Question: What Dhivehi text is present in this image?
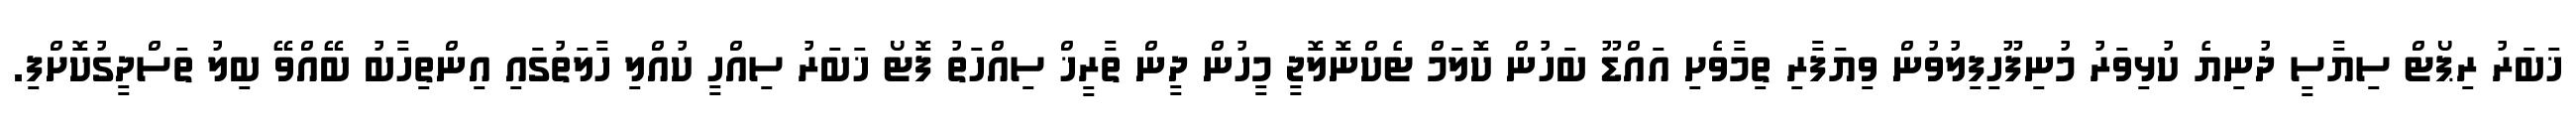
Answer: ޚަބަރު ރިޕޯޓް ސިޔާސީ ދުނިޔެ ކުޅިވަރު މުނިފޫހިފިލުވުން ވިޔަފާރި ތިމާވެށި އައްޑޫ ބަހުން ކޮލަމް ޓެކްނޮލޮޖީ މީހުން ދީން ތާރީޚް ސިއްހަތު ފޮޓޯ ޚަބަރު ސިއްހީ ކުއްލި ހާލަތުގައި އިންތިހާބު ބޭއްވޭ ބިލު ތަސްދީގުކޮށްފި.